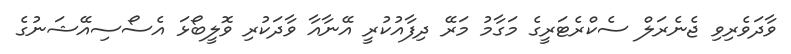
ވާދަވެރިވި ޖެނެރަލް ސެކްރެޓަރީގެ މަގާމު މަރޭ ދިފާއުކުރީ އޭނާއާ ވާދަކުރި ވޮލީބޯޅަ އެސޯސިއޭޝަނުގެ